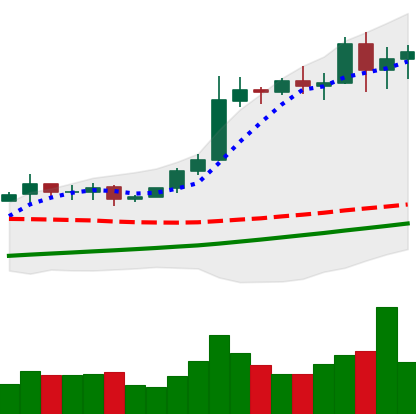
Ticker: BTC-USD
Chart end date: 2020-10-30
Forward return: 4.335%
Label: up_3_5